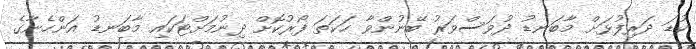
ކުޑަ ދަރިފުޅަށް މާބަނޑު ދުވަސްވަރު ބޭނުންވާ ހަކަތަ ފޯރުކޮށް ދިނުމަށްޓަކައި މާބަނޑު އަންހެނާގެ